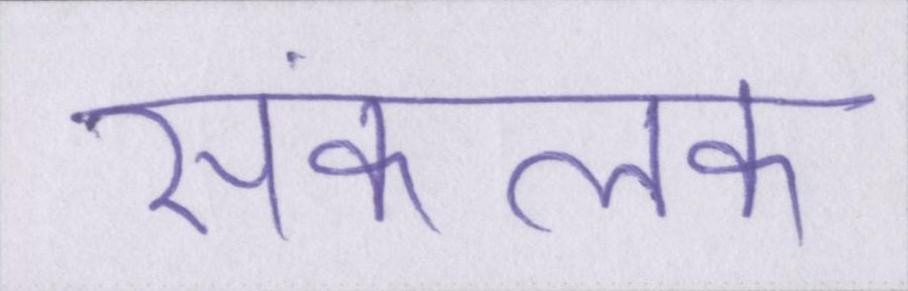
संकलक